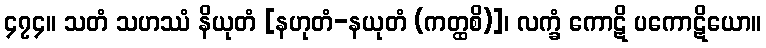
၄၇၄။ သတံ သဟဿံ နိယုတံ [နဟုတံ-နယုတံ (ကတ္ထစိ)]၊ လက္ခံ ကောဋိ ပကောဋိယော။